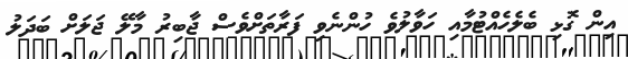
އިން ގޮޅި ބެލެހެއްޓުމާއި ހަވާލުވެ ހުންނެވި ފަރާތަށްވެސް ޖާބިރު މާލޭ ޖަލަށް ބަދަލު